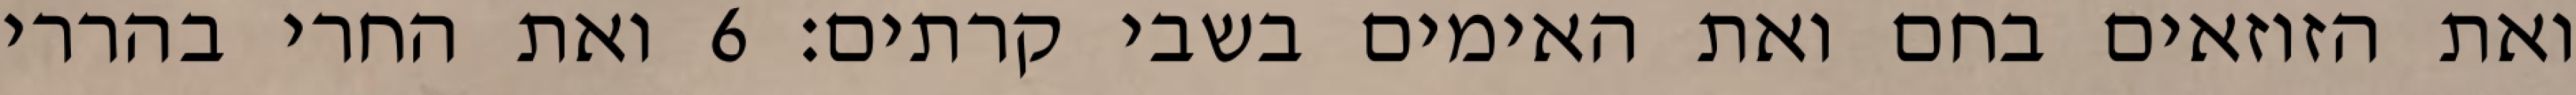
ואת הזוזאים בחם ואת האימים בשבי קרתים׃ ‎6‏ ואת החרי בהררי